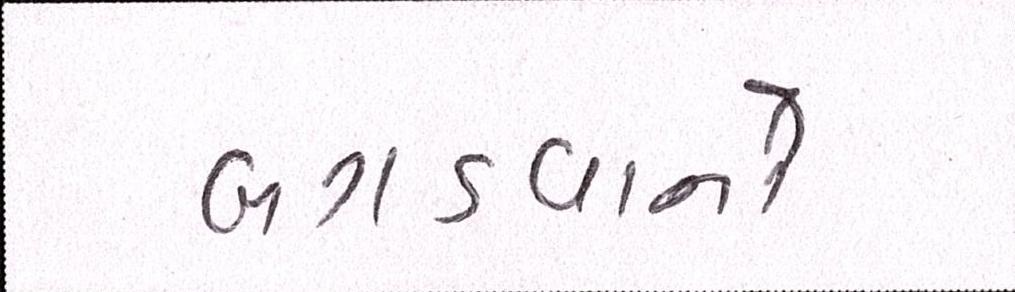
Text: બગડવાનો